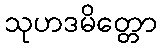
သုဟဒမိတ္တော